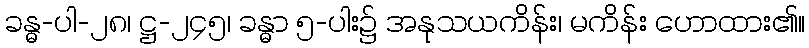
ခန္ဓ-ပါ-၂၈၊ ဋ္ဌ-၂၄၅၊ ခန္ဓာ ၅-ပါး၌ အနုသယကိန်း၊ မကိန်း ဟောထား၏။